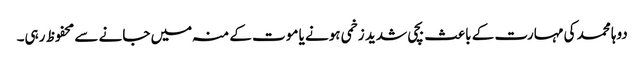
دوہا محمد کی مہارت کے باعث بچی شدید زخمی ہونے یا موت کے منہ میں جانے سے محفوظ رہی۔